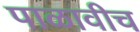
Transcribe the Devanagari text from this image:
पाळावीच